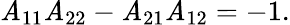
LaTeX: \mathit{A}_{11}\mathit{A}_{22}-\mathit{A}_{21}\mathit{A}_{12}=-1.